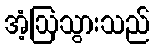
အံ့ဩသွားသည်